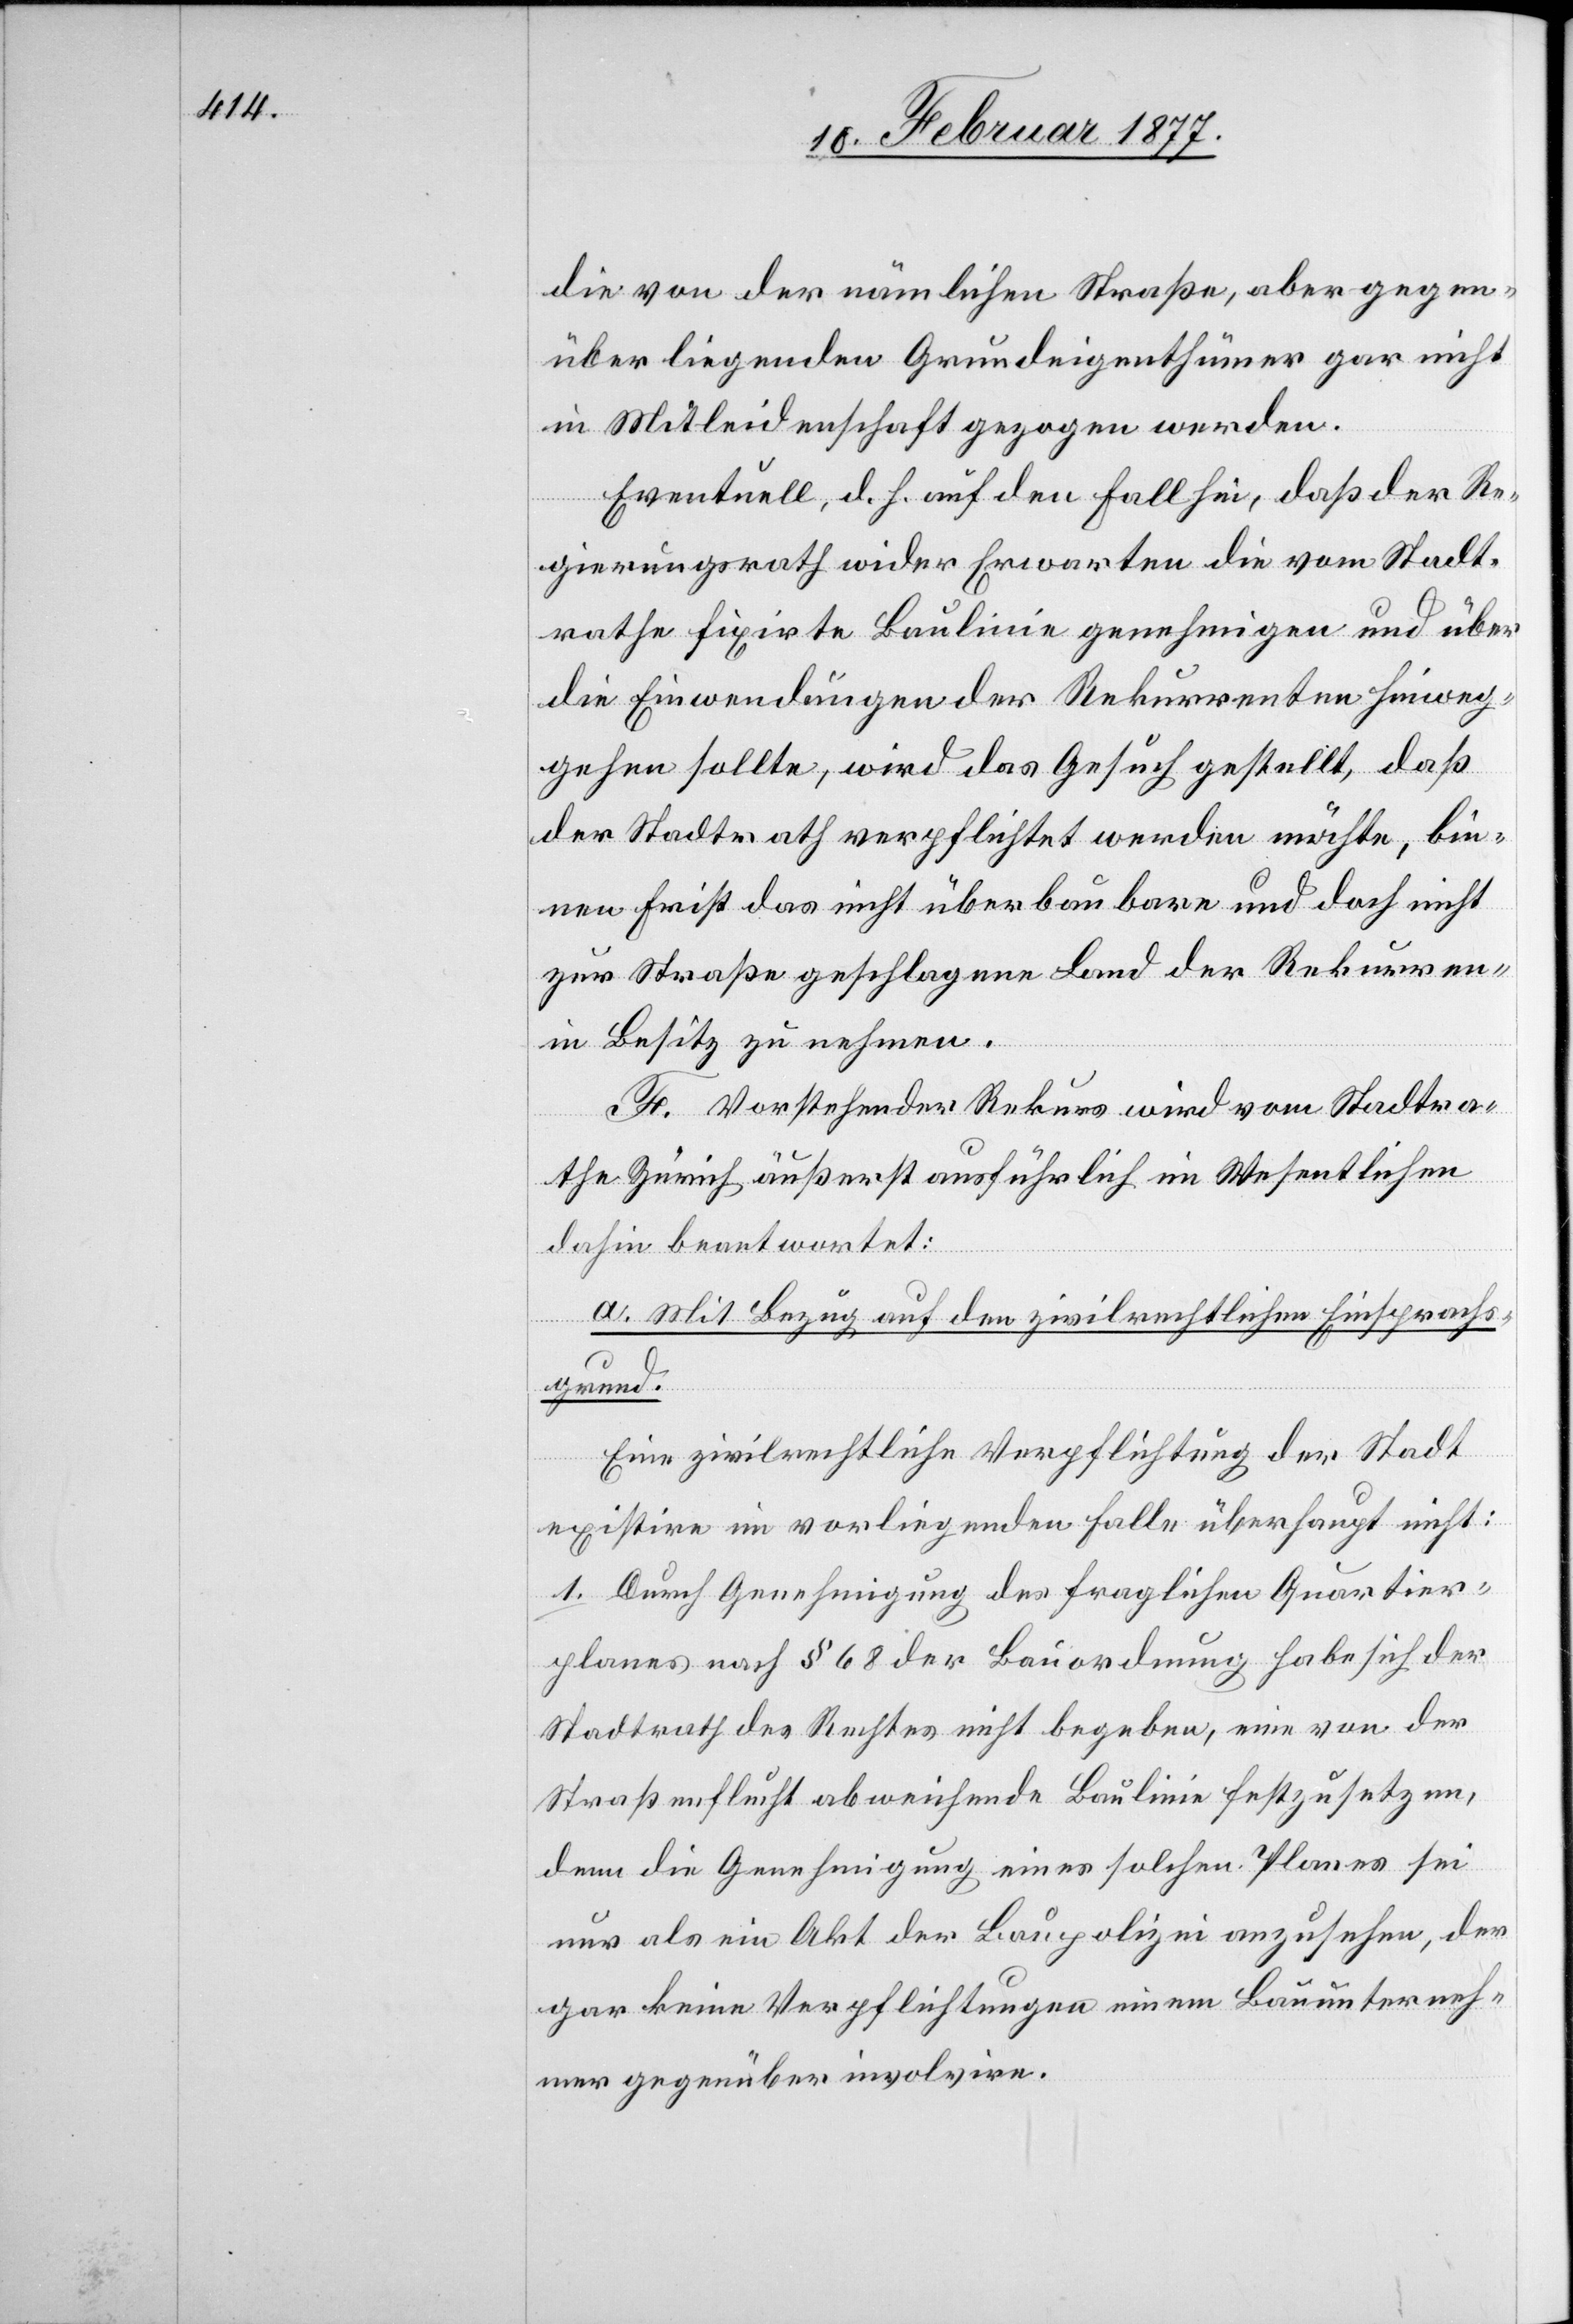
die von der nämlichen Straße, aber gegen¬
über liegenden Grundeigenthümer gar nicht
in Mitleidenschaft gezogen werden.
Eventuell, d. h. auf den Fall hin, daß der Re¬
gierungsrath wider Erwarten die vom Stadt¬
rath fixirte Baulinie genehmigen und über
die Einwendungen der Rekurrenten hinweg¬
gehen sollte, wird das Gesuch gestellt, daß
der Stadtrath verpflichtet werden möchte, bin¬
nen Frist das nicht überbaubare und doch nicht
zur Straße geschlagene Land der Rekurren¬
in Besitz zu nehmen.
F. Vorstehender Rekurs wird vom Stadtra¬
the Zürich äußerst ausführlich im Wesentlichen
dahin beantwortet:
ten
a. Mit Bezug auf den zivilrechtlichen Einsprachs¬
grund.
Eine zivilrechtliche Verpflichtung der Stadt
existire im vorliegenden Falle überhaupt nicht:
1. Durch Genehmigung des fraglichen Quartier¬
planes nach § 68 der Bauordnung habe sich der
Stadtrath des Rechtes nicht begeben, eine von der
Straßenflucht abweichende Baulinie festzusetzen,
denn die Genehmigung eines solchen Planes sei
nur als ein Akt der Baupolizei anzusehen, der
gar keine Verpflichtungen einem Bauunterneh¬
mer gegenüber involvire.